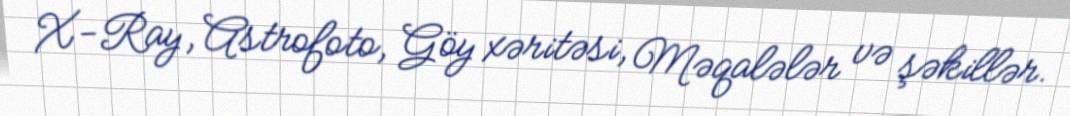
X-Ray, Astrofoto, Göy xəritəsi, Məqalələr və şəkillər.